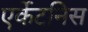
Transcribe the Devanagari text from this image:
एर्केटनिस